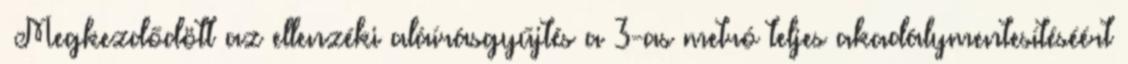
›Megkezdődött az ellenzéki aláírásgyűjtés a 3-as metró teljes akadálymentesítéséért